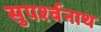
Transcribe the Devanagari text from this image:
सुपर्श्‍वनाथ